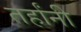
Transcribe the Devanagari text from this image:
तर्हांनी